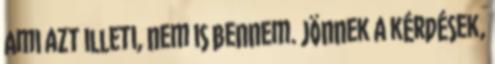
Ami azt illeti, nem is bennem. Jönnek a kérdések,